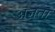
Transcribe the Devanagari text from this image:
अज्ञता